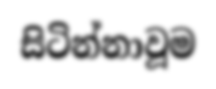
සිටින්නාවූම